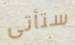
ستأتى